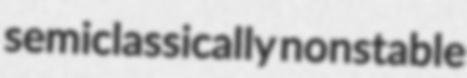
semiclassically nonstable